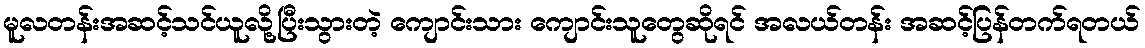
မူလတန်းအဆင့်သင်ယူလို့ပြီးသွားတဲ့ ကျောင်းသား ကျောင်းသူတွေဆိုရင် အလယ်တန်း အဆင့်ပြန်တက်ရတယ်